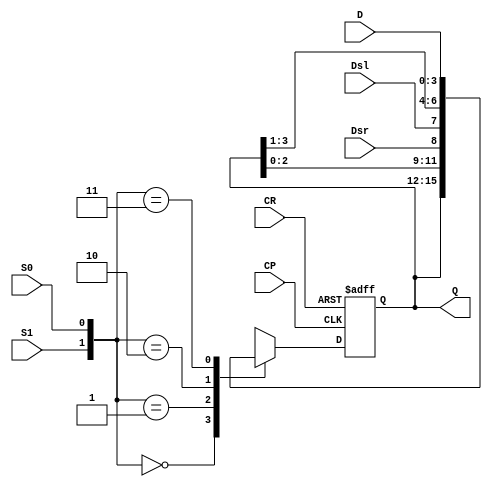
/**???4????????74HC194**/
module S_74HC194(
  input S1,S0,           //????????
  input Dsr,Dsl,         //??????
  input CP,CR,           //???????
  input [3:0]D,          //??????
  output reg [3:0] Q     //??????
);
  always @(posedge CP,negedge CR)
  if(~CR)Q <= 4'b0000;           //??????
  else
    case({S1,S0})
	  2'b00:Q <= Q;              //??????
	  2'b01:Q <= {Q[2:0],Dsr};   //??
	  2'b10:Q <= {Dsl,Q[3:1]};   //??
	  2'b11:Q <= D;              //????
	endcase
endmodule